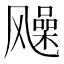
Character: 𩙰